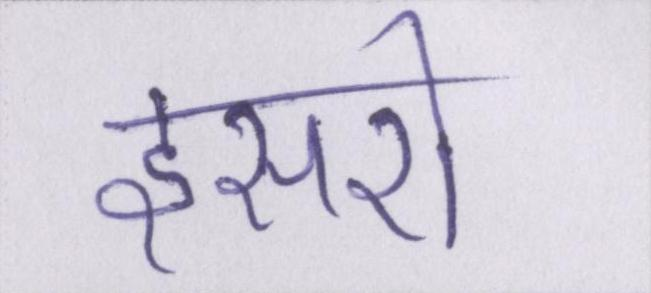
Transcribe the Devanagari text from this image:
इसरो